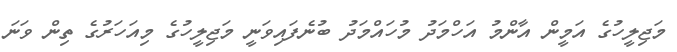
މަޖިލީހުގެ އަމީން އާންމު އަހްމަދު މުހައްމަދު ބުނެފައިވަނީ މަޖިލީހުގެ މިއަހަރުގެ ތިން ވަނަ